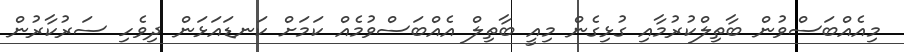
މިއެއްބަސްވުން ބާތިލްކުރުމާއި ގުޅިގެން މިއީ ބާތިލް އެއްބަސްވުމެއް ކަމަށް ކަނޑައަޅަން ދިވެހި ސަރުކާރުން